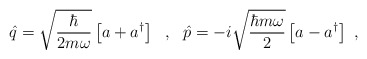
\begin{align*}\hat{q}=\sqrt{\frac{\hbar}{2m\omega}}\left[a+a^\dagger\right]\ \ ,\ \ \hat{p}=-i\sqrt{\frac{\hbar m\omega}{2}}\left[a-a^\dagger\right]\ ,\end{align*}